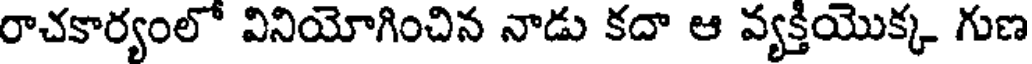
రాచకార్యంలో వినియోగించిన నాడు కదా ఆ వ్యక్తియొక్క గుణ